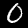
Label: 0